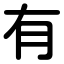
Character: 有